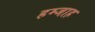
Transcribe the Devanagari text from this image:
हम्जाह